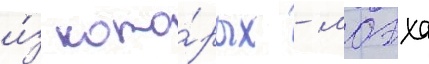
и́з кото́рых - моэха